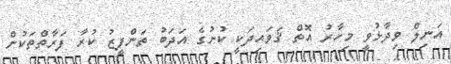
އަނިލް ވިދާާޅުވީ މިހާރު އޮތް ޤަވައިދަކީ ކުށުގެ އަދަބު ތަންފީޒު ކުރާ ފަރާތްތަކުން